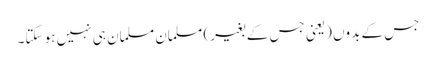
جس کے بدوں (یعنی جس کے بغیر) مسلمان مسلمان ہی نہیں ہو سکتا۔